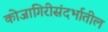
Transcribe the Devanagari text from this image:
कोजागिरीसंदर्भातील